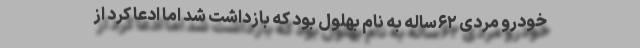
خودرو مردی ۶۲ساله به نام بهلول بود که بازداشت شد اما ادعا کرد از